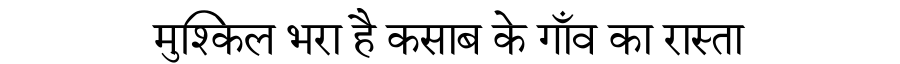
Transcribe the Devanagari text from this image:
मुश्किल भरा है कसाब के गाँव का रास्ता